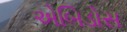
એબિડોસ